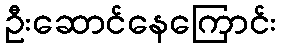
ဦးဆောင်နေကြောင်း